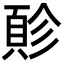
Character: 䪾